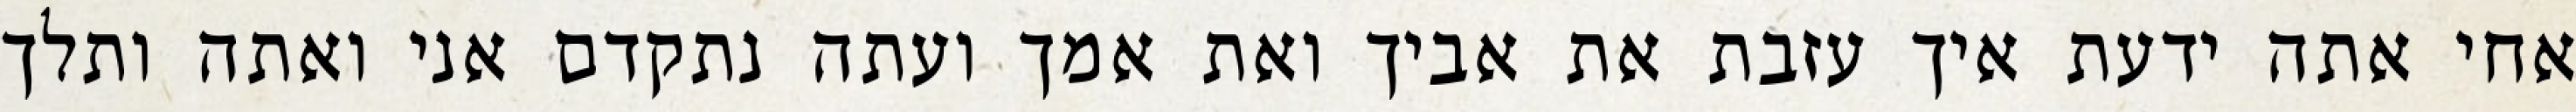
אחי אתה ידעת איך עזבת את אביך ואת אמך ועתה נתקדם אני ואתה ותלך